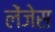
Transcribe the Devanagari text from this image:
लेंजेस